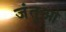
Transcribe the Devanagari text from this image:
जंतुओ